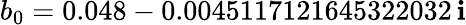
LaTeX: b_{0}=0.048-0.0045117121645322032\, \mathbf{i}